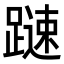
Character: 𨄞